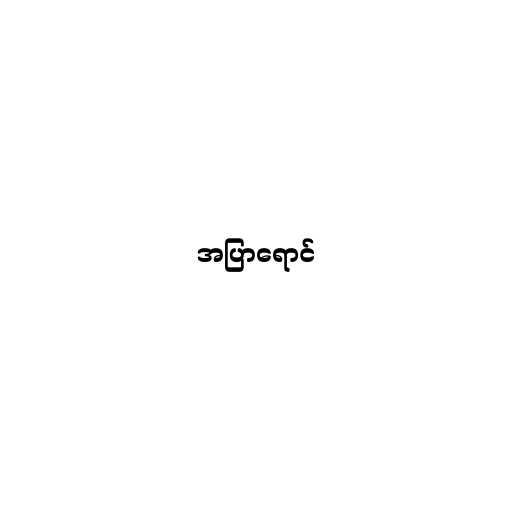
အပြာရောင်